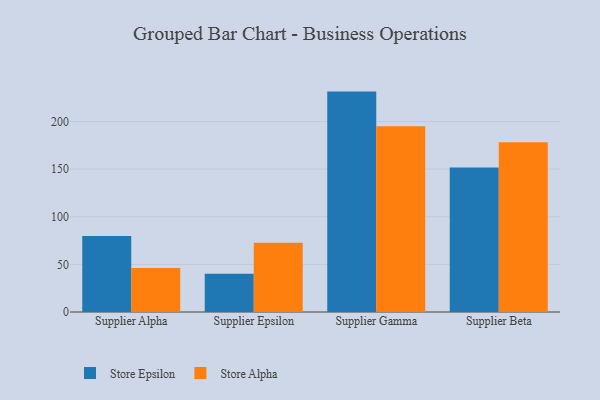
{"axis": {"x": "Supplier", "y": "Temperature (°C)"}, "legend": ["Store Alpha", "Store Epsilon"], "data": [{"x": "Supplier Alpha", "y": 79.8, "type": "Store Epsilon"}, {"x": "Supplier Alpha", "y": 46.3, "type": "Store Alpha"}, {"x": "Supplier Epsilon", "y": 40.1, "type": "Store Epsilon"}, {"x": "Supplier Epsilon", "y": 72.6, "type": "Store Alpha"}, {"x": "Supplier Gamma", "y": 231.4, "type": "Store Epsilon"}, {"x": "Supplier Gamma", "y": 194.9, "type": "Store Alpha"}, {"x": "Supplier Beta", "y": 151.6, "type": "Store Epsilon"}, {"x": "Supplier Beta", "y": 178.2, "type": "Store Alpha"}]}